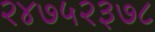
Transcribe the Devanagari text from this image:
२४७५२३७८